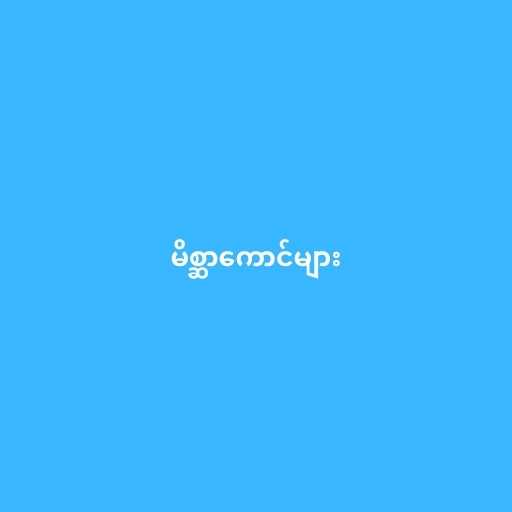
မိစ္ဆာကောင်များ